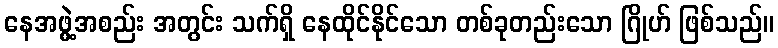
နေအဖွဲ့အစည်း အတွင်း သက်ရှိ နေထိုင်နိုင်သော တစ်ခုတည်းသော ဂြိုဟ် ဖြစ်သည်။